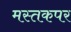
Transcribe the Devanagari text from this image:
मस्तकपर